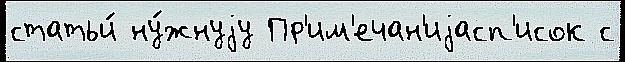
статьи́ ну́жнуjу Пр'им'ечан'иjасп'исок с